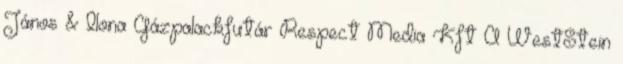
János & Ilona Gázpalackfutár Respect Media Kft A WestStein